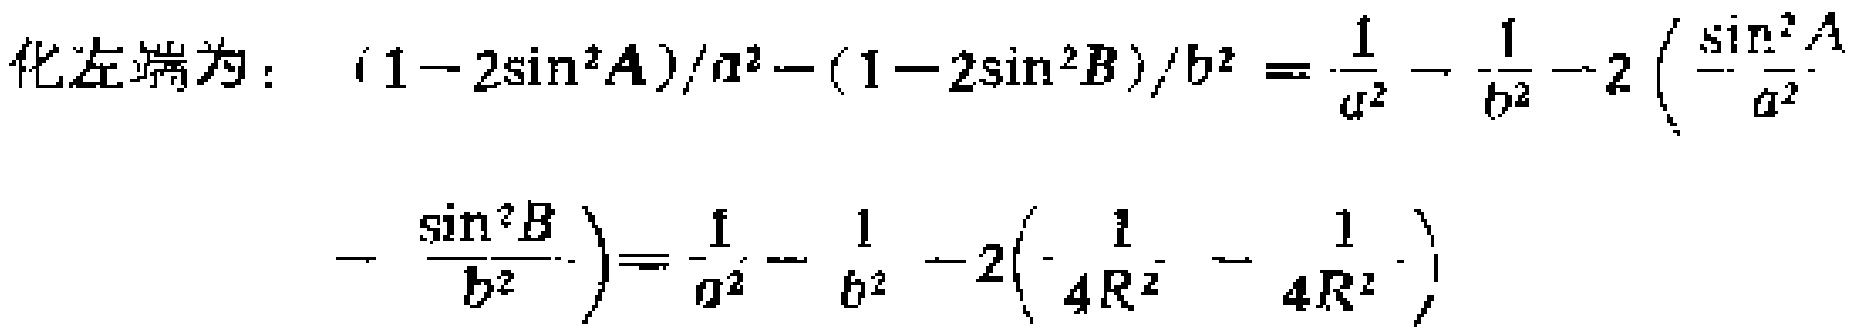
化左端为：\(\frac{1 - 2\sin^{2}A}{a^{2}} - \frac{1 - 2\sin^{2}B}{b^{2}} = \frac{1}{a^{2}} - \frac{1}{b^{2}} - 2\left(\frac{\sin^{2}A}{a^{2}} - \frac{\sin^{2}B}{b^{2}}\right)=\frac{1}{a^{2}} - \frac{1}{b^{2}} - 2\left(\frac{1}{4R^{2}} - \frac{1}{4R^{2}}\right)\)